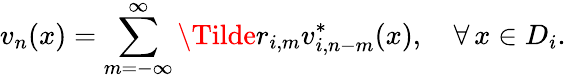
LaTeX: v_{n}(x)=\sum_{m=-\infty}^{\infty}\Tilde{r}_{i,m}v_{i,n-m}^{*}(x),\quad\forall\, x\in D_{i}.